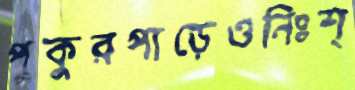
পুকুরপাড়েওনিঃশ্